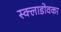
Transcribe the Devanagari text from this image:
स्क्लाडोवका